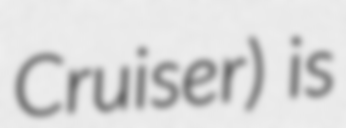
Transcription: Cruiser) is